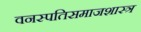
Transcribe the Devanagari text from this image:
वनस्पतिसमाजशास्त्र